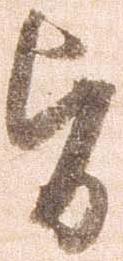
旨